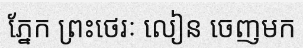
ភ្នែក ព្រះថេរៈ លៀន ចេញមក